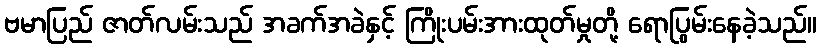
ဗမာပြည် ဇာတ်လမ်းသည် အခက်အခဲနှင့် ကြိုးပမ်းအားထုတ်မှုတို့ ရောပြွမ်းနေခဲ့သည်။